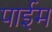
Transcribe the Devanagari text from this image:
पाईम